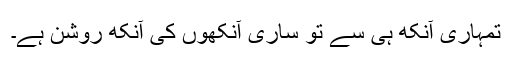
تمہاری آنکھ ہی سے تو ساری آنکھوں کی آنکھ روشن ہے۔